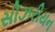
સીઝરીયન